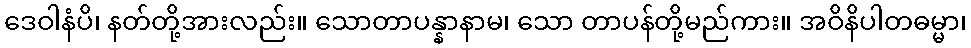
ဒေဝါနံပိ၊ နတ်တို့အားလည်း။ သောတာပန္နာနာမ၊ သော တာပန်တို့မည်ကား။ အဝိနိပါတဓမ္မာ၊